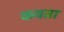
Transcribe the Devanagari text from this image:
कवता